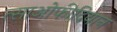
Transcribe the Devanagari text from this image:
त्साओफीदियान